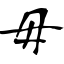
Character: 毋